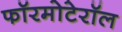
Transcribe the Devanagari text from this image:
फॉरमोटेरॉल